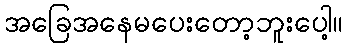
အခြေအနေမပေးတော့ဘူးပေါ့။